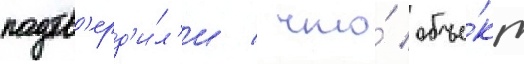
подтв'ерд'и́л'и / что́ объе́кт